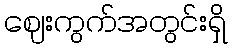
ဈေးကွက်အတွင်းရှိ